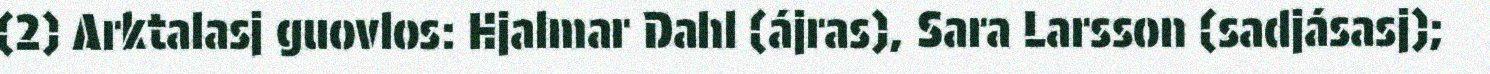
(2) Arktalasj guovlos: Hjalmar Dahl (ájras), Sara Larsson (sadjásasj);